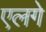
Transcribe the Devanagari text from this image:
एलगे